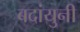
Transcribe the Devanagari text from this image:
बदांयुनी